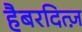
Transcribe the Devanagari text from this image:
हैबरदित्ज़